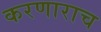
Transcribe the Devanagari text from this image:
करणाराच